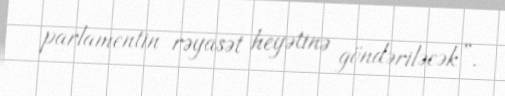
parlamentin rəyasət heyətinə göndəriləcək”.